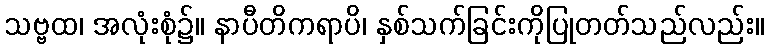
သဗ္ဗထ၊ အလုံးစုံ၌။ နာပီတိကရာပိ၊ နှစ်သက်ခြင်းကိုပြုတတ်သည်လည်း။